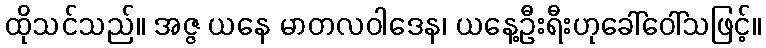
ထိုသင်သည်။ အဇ္ဇ ယနေ မာတလဝါဒေန၊ ယနေ့ဦးရီးဟုခေါ်ဝေါ်သဖြင့်။